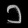
Digit: ၁